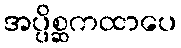
အပ္ပိစ္ဆကထာပေ